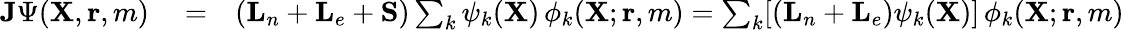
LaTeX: \begin{array}{rlr}{{\mathbf{J}}\Psi({\mathbf{X}},{\mathbf{r}},m)}&{{}=}&{({\mathbf{L}}_{n}+{\mathbf{L}}_{e}+{\mathbf{S}})\sum_{k}\psi_{k}({\mathbf{X}})\, \phi_{k}({\mathbf{X}};{\mathbf{r}},m)=\sum_{k}[({\mathbf{L}}_{n}+{\mathbf{L}}_{e})\psi_{k}({\mathbf{X}})]\, \phi_{k}({\mathbf{X}};{\mathbf{r}},m)}\end{array}